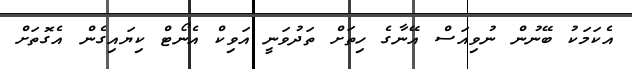
އެކަމަކު ބޭނުން ނުވިއަސް އޭނާގެ ހިތަށް ތަދުވަނީ އަވިކް އެނޯޓް ކިޔައިގެން އެގޮތަށް